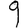
Digit: 9